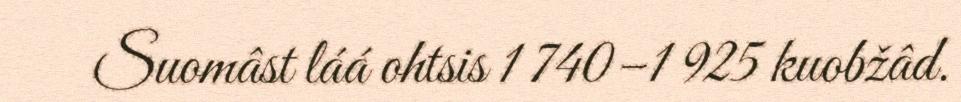
Suomâst láá ohtsis 1 740–1 925 kuobžâd.